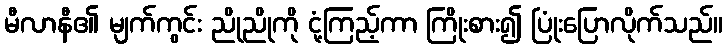
မီလာနီ၏ မျက်ကွင်း ညိုညိုကို ငုံ့ကြည့်ကာ ကြိုးစား၍ ပြုံးပြောလိုက်သည်။